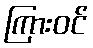
ကြားဝင်